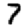
Digit: 7